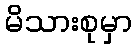
မိသားစုမှာ